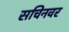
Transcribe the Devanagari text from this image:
सचिनवर